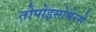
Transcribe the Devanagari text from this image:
तोपोइसोमेरसे